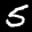
Label: 5